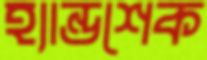
হ্যান্ডশেক